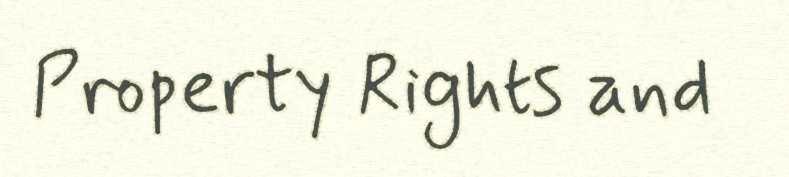
Property Rights and